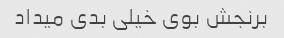
برنجش بوی خیلی بدی میداد